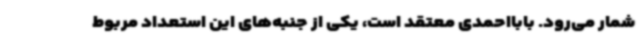
شمار می‌رود. بابااحمدی معتقد است، یکی از جنبه‌های این استعداد مربوط